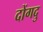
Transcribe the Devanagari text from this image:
दोंगदु